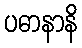
ပဓာနာနိ